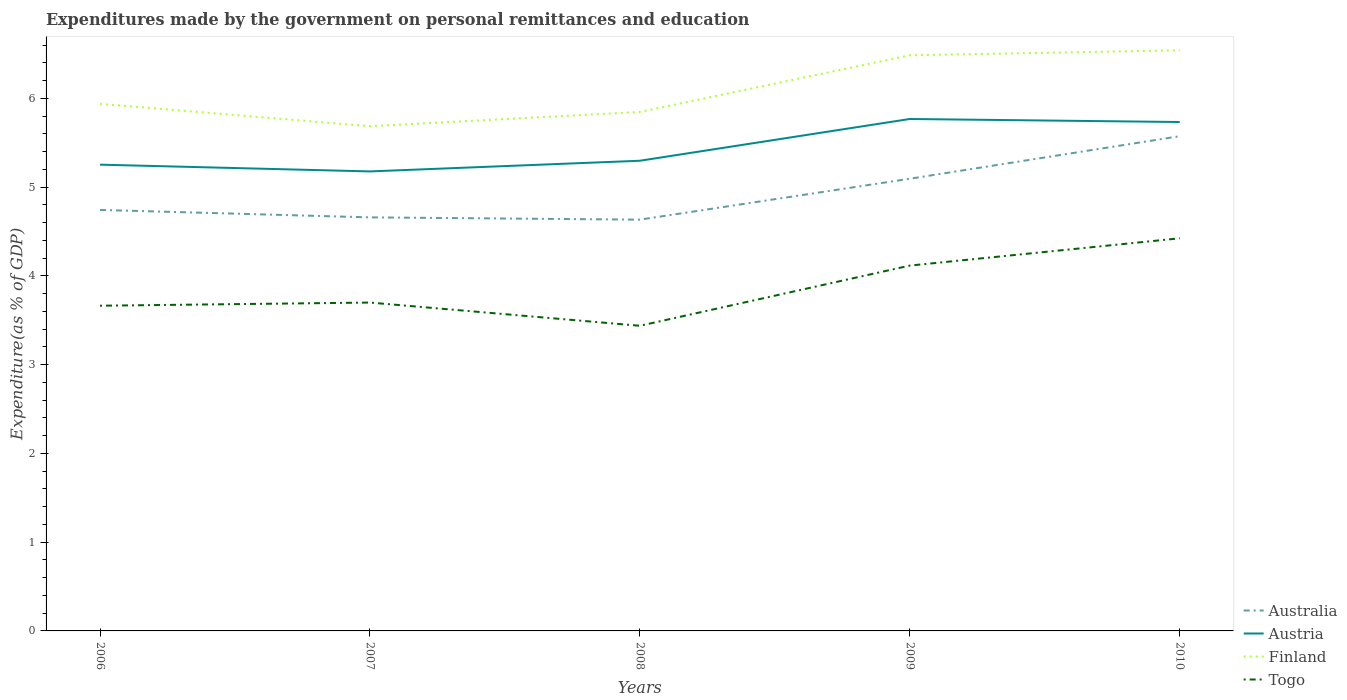
| Years | Australia | Austria | Finland | Togo |
 | --- | --- | --- | --- | --- |
 | 2006 | 4.74 | 5.25 | 5.94 | 3.66 |
 | 2007 | 4.66 | 5.18 | 5.69 | 3.7 |
 | 2008 | 4.63 | 5.3 | 5.85 | 3.44 |
 | 2009 | 5.09 | 5.77 | 6.49 | 4.12 |
 | 2010 | 5.57 | 5.73 | 6.54 | 4.42 |